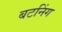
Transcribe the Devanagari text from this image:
बटनिंग